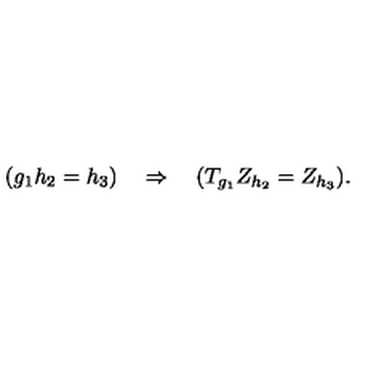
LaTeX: ( g _ { 1 } h _ { 2 } = h _ { 3 } ) \quad \Rightarrow \quad ( T _ { g _ { 1 } } Z _ { h _ { 2 } } = Z _ { h _ { 3 } } ) .